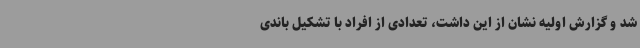
شد و گزارش اولیه نشان از این داشت، تعدادی از افراد با تشکیل باندی